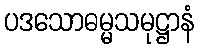
ပဒသောဓမ္မသမုဋ္ဌာနံ